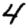
Digit: 4